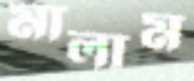
মালাম